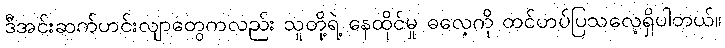
ဒီအင်းဆက်ဟင်းလျာတွေကလည်း သူတို့ရဲ့ နေထိုင်မှု ဓလေ့ကို ထင်ဟပ်ပြသလေ့ရှိပါတယ်။